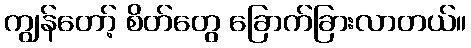
ကျွန်တော့် စိတ်တွေ ခြောက်ခြားလာတယ်။